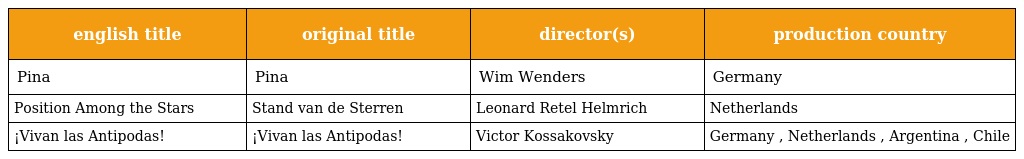
| english title | original title | director(s) | production country |
 | --- | --- | --- | --- |
 | Pina | Pina | Wim Wenders | Germany |
 | Position Among the Stars | Stand van de Sterren | Leonard Retel Helmrich | Netherlands |
 | ¡Vivan las Antipodas! | ¡Vivan las Antipodas! | Victor Kossakovsky | Germany , Netherlands , Argentina , Chile |